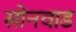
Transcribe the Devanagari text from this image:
सोनवाड